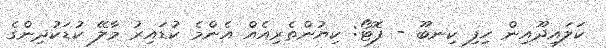
ކަލައިދޫއިން ހިފި ކިނބޫ - ފޮޓޯ: ކިޔުންތެރިއެއް އެންމެ ކުޑައިރު މާލޭ ކުޑަކުދިންގެ